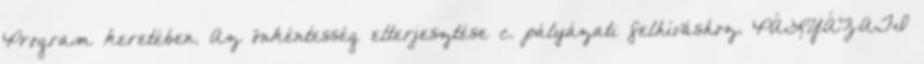
Program keretében. Az önkéntesség elterjesztése c. pályázati felhíváshoz. PÁLYÁZATI